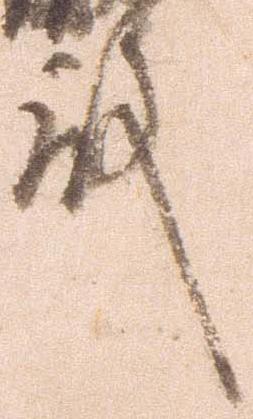
殿